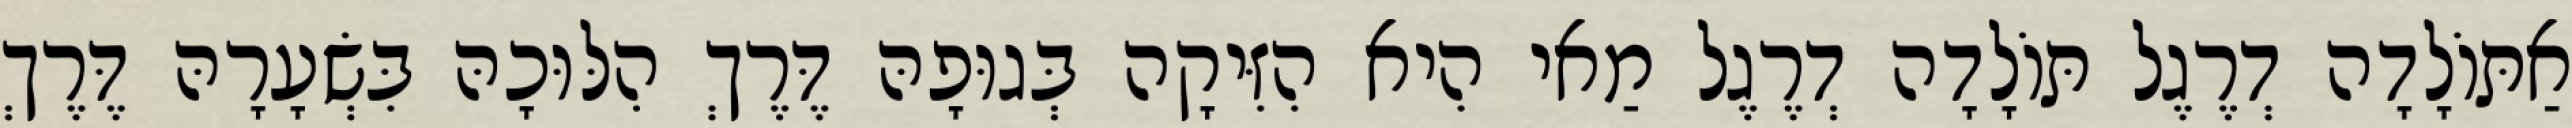
אַתּוֹלָדָה דְרֶגֶל תּוֹלָדָה דְרֶגֶל מַאי הִיא הִזִּיקָה בְּגוּפָהּ דֶּרֶךְ הִלּוּכָהּ בִּשְׂעָרָהּ דֶּרֶךְ